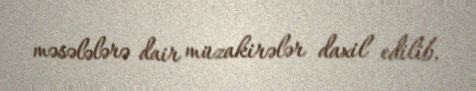
məsələlərə dair müzakirələr daxil edilib.